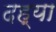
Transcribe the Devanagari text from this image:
दह्या